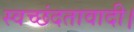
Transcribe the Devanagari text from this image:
स्वच्छंदतावादी।